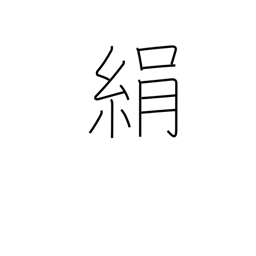
Meaning: silk